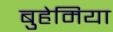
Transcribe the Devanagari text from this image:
बुहेमिया